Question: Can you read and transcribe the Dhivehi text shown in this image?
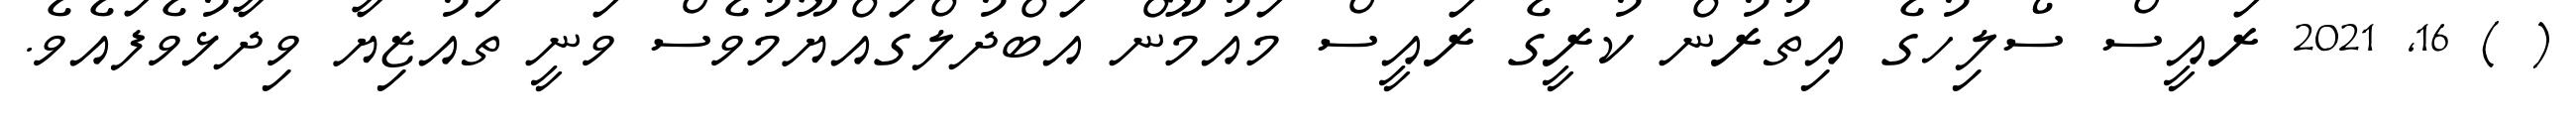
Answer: ( ) 16, 2021 ރައީސް ސޯލިހުގެ އިތުރުން ކުރީގެ ރައީސް މައުމޫން އަބްދުލްގައްޔޫމުވެސް ވަނީ ތައުޒިޔާ ވިދާޅުވެފައެވެ.